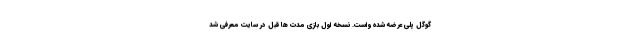
گوگل پلی عرضه شده واست. نسخه اول بازی مدت ها قبل در سایت معرفی شد